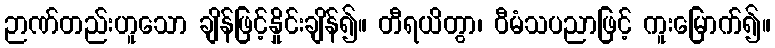
ဉာဏ်တည်းဟူသော ချိန်ဖြင့်နှိုင်းချိန်၍။ တီရယိတွာ၊ ဝီမံသပညာဖြင့် ကူးမြောက်၍။